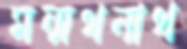
মন্মথনাথ